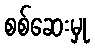
စစ်ဆေးမှု